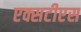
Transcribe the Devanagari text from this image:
एक्सटीएस